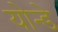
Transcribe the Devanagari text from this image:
योन्डे